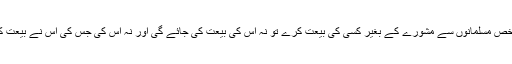
جو شخص مسلمانوں سے مشورے کے بغیر کسی کی بیعت کرے تو نہ اس کی بیعت کی جائے گی اور نہ اس کی جس کی اس نے بیعت کی ہو۔